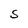
Character: S